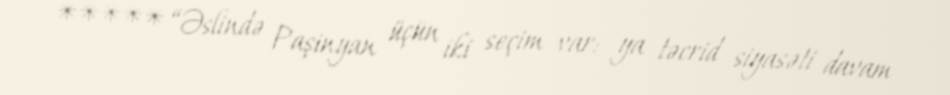
***** “Əslində Paşinyan üçün iki seçim var: ya təcrid siyasəti davam